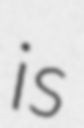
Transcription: is